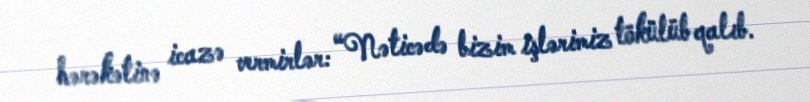
hərəkətinə icazə vermirlər: “Nəticədə bizim işlərimiz tökülüb qalıb.